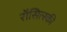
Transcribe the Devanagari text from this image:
रॉसित्स्की